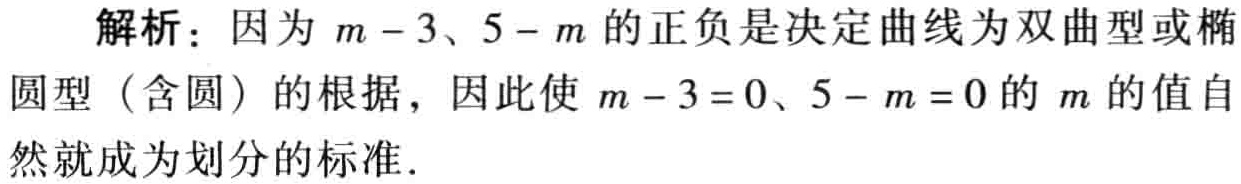
解析：因为\(m - 3\)、\(5 - m\)的正负是决定曲线为双曲型或椭圆型（含圆）的根据，因此使\(m - 3 = 0\)、\(5 - m = 0\)的\(m\)的值自然就成为划分的标准.